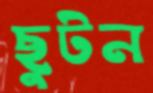
ছুটন